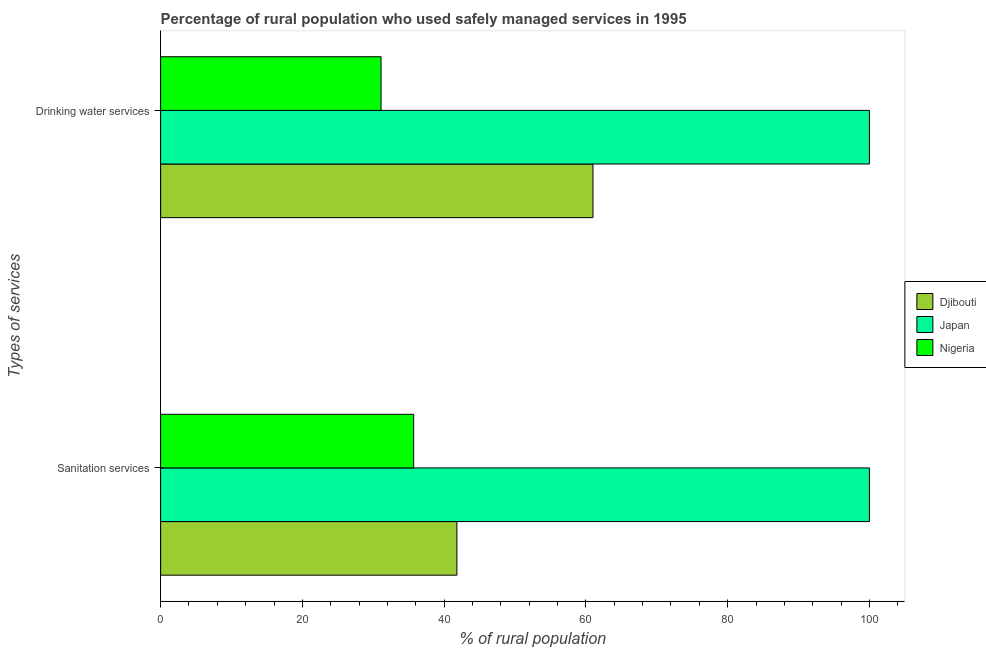
| Types of services | Djibouti | Japan | Nigeria |
 | --- | --- | --- | --- |
 | Sanitation services | 41.8 | 100 | 35.7 |
 | Drinking water services | 61 | 100 | 31.1 |